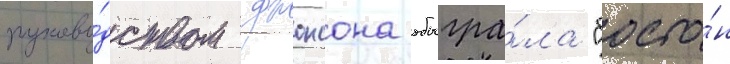
руково́дством джонсона обыгра́ла "босто́н